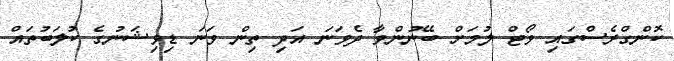
ކޮންގްރެސްގައި ވޯޓް ލުމަށް ބޭނުންވާ ދެވަނަ އަދި ތިން ވަނަ ޑިވިޝަނުގެ ކުލަބުތައް